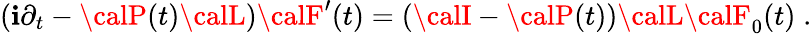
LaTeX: \left(\mathbf{i}\partial_{t}-{\calP}(t){\calL}\right){\calF}^{\prime}(t)=\left({\calI}-{\calP}(t)\right){\calL}{\calF}_{0}(t)\; .